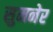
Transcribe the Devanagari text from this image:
सुमनेर